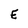
Character: E